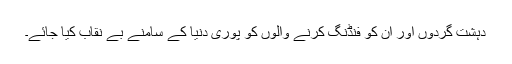
دہشت گردوں اور ان کو فنڈنگ کرنے والوں کو پوری دنیا کے سامنے بے نقاب کیا جائے۔